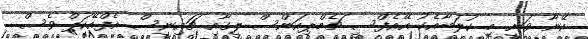
އޭނާ ވަނީ މި ކުލަބާއެކު އޭއެފްސީ ޗެމްޕިއަންސް ލީގާއި ޗައިނީސް އެފްއޭކަޕް ވެސް